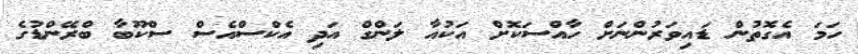
ހަމަ އެގޮތުން ޑައިވަރުންނަށް ހާއްސަކޮށް އަކުއާ ލަންގް އަދި އެކްސްއެސް ސްކޫބާ ބްރޭންޑުގެ